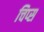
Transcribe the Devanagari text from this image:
चिप्‍स